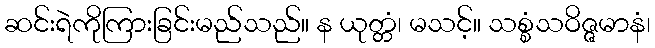
ဆင်းရဲကိုကြားခြင်းမည်သည်။ န ယုတ္တံ၊ မသင့်။ သစ္စံသဝိဇ္ဇမာနံ၊